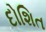
દોશિત